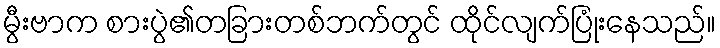
မွီးဗာက စားပွဲ၏တခြားတစ်ဘက်တွင် ထိုင်လျက်ပြုံးနေသည်။